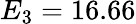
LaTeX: E_{3}=16.66